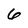
Character: 6